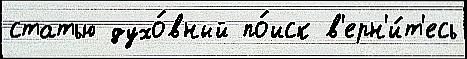
статью духо́вный по́иск в'ерн'и́т'есь